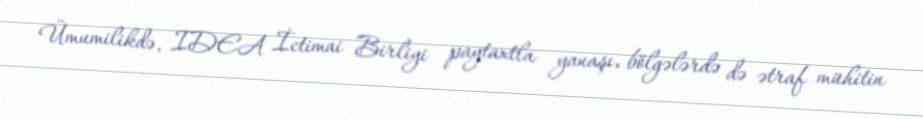
Ümumilikdə, IDEA İctimai Birliyi paytaxtla yanaşı, bölgələrdə də ətraf mühitin